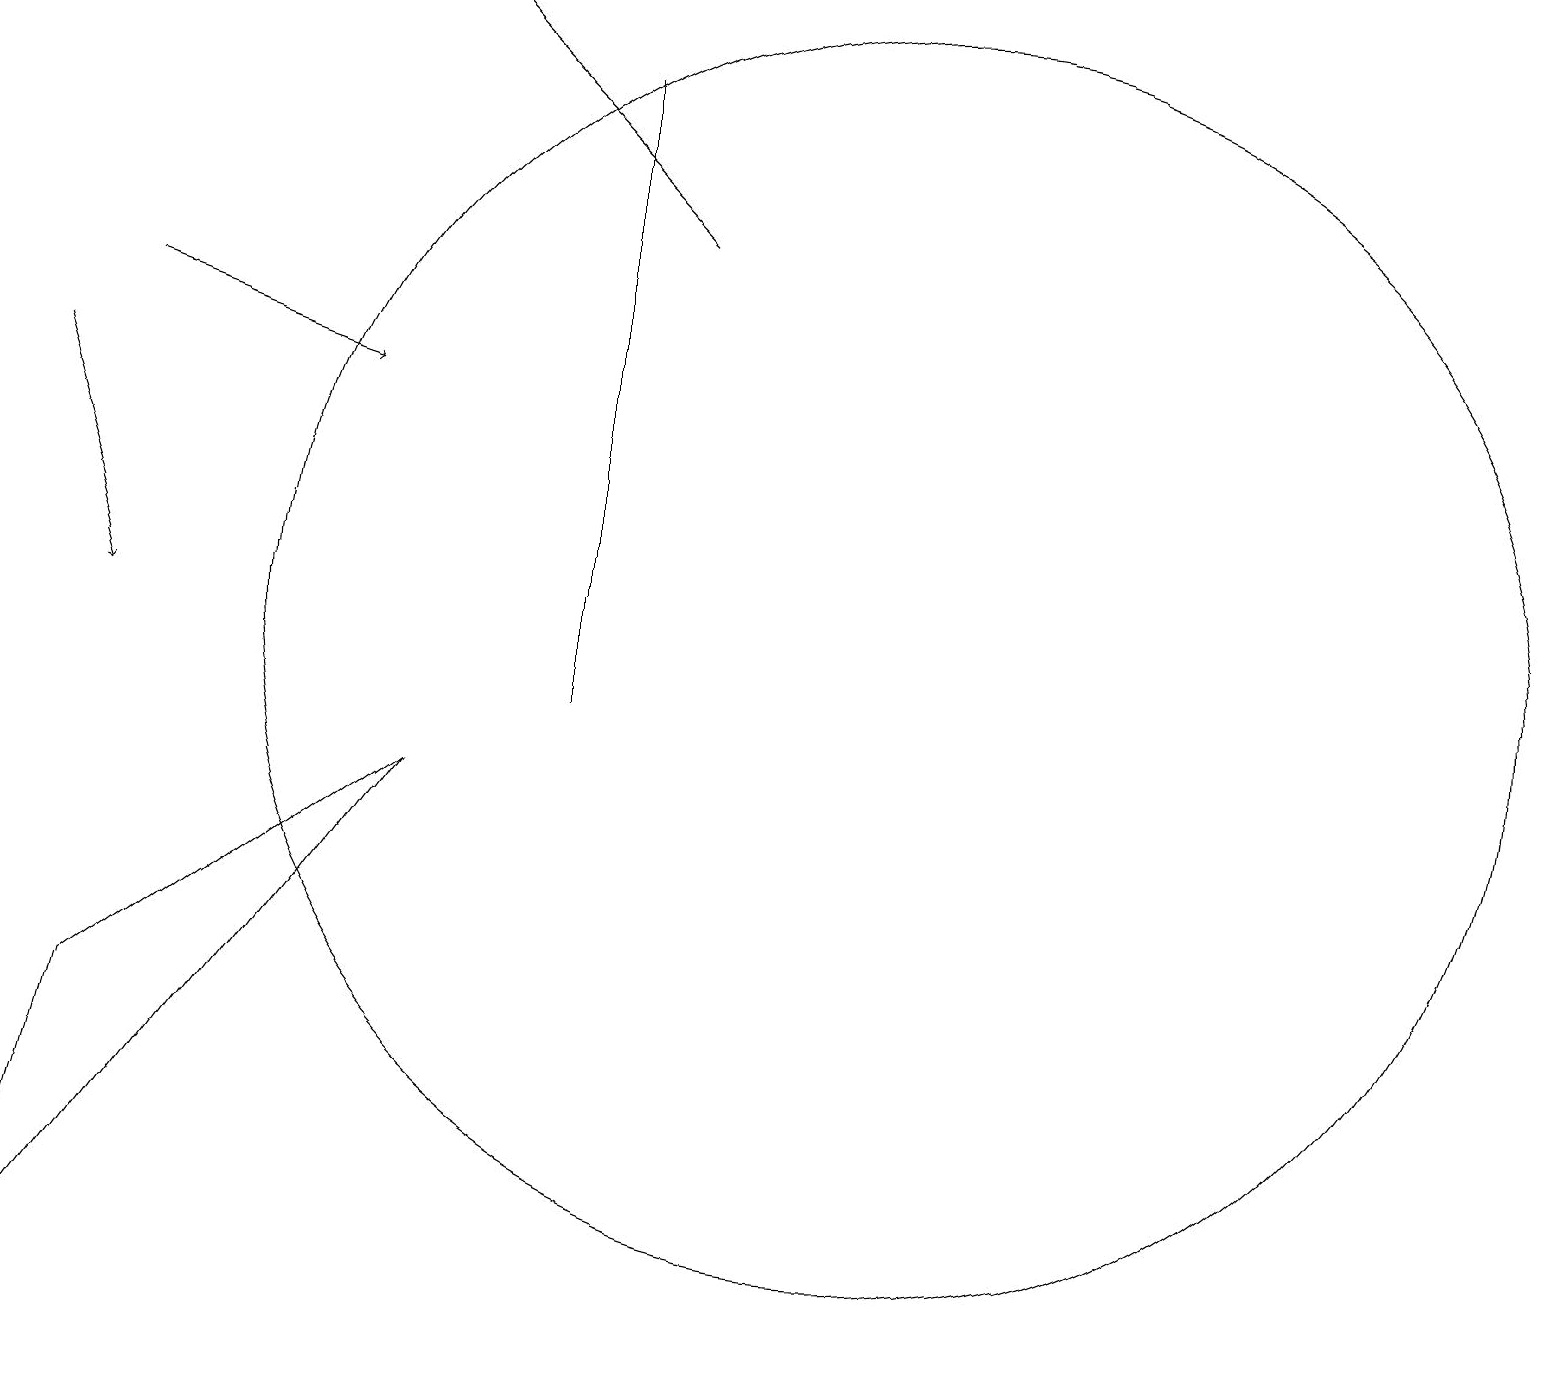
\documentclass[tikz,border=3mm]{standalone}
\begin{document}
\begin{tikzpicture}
\draw[->] (0,14) -- (1,11);
\draw[->] (1,15) -- (4,14);
\draw (5,9) -- (0,2) -- (1,6) -- cycle;
\draw (7,10) rectangle (7,18);
\draw[->] (8,16) -- (5,19);
\draw (11,11) circle (8);
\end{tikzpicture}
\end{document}